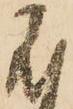
不